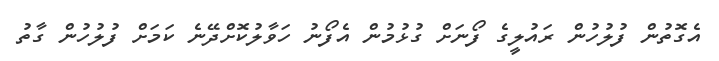
އެގޮތުން ފުލުހުން ރައުލީގެ ފޯނަށް ގުޅުމުން އެފޯނު ހަވާލުކޮށްދޭނެ ކަމަށް ފުލުހުން ގާތު